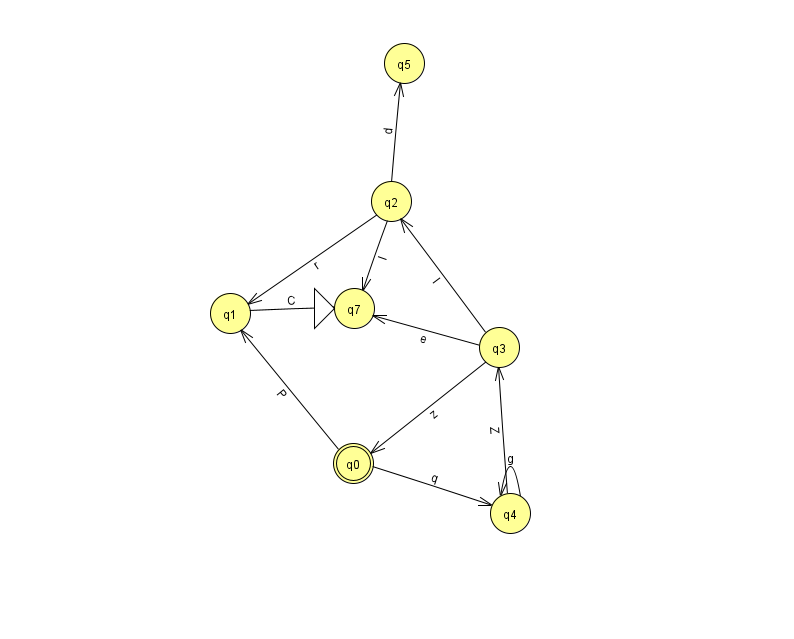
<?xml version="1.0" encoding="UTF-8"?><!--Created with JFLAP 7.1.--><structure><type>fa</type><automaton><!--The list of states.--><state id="0" name="q0"><x>353.0</x><y>450.0</y><final/></state><state id="1" name="q1"><x>230.0</x><y>300.0</y></state><state id="2" name="q2"><x>391.0</x><y>188.0</y></state><state id="3" name="q3"><x>499.0</x><y>334.0</y></state><state id="4" name="q4"><x>510.0</x><y>500.0</y></state><state id="5" name="q5"><x>404.0</x><y>50.0</y></state><state id="7" name="q7"><x>354.0</x><y>295.0</y><initial/></state><!--The list of transitions.--><transition><from>1</from><to>7</to><read>C</read></transition><transition><from>0</from><to>4</to><read>q</read></transition><transition><from>2</from><to>7</to><read>I</read></transition><transition><from>4</from><to>4</to><read>g</read></transition><transition><from>4</from><to>3</to><read>Z</read></transition><transition><from>2</from><to>5</to><read>d</read></transition><transition><from>0</from><to>1</to><read>P</read></transition><transition><from>3</from><to>2</to><read>I</read></transition><transition><from>2</from><to>1</to><read>r</read></transition><transition><from>3</from><to>0</to><read>z</read></transition><transition><from>3</from><to>7</to><read>e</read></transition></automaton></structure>